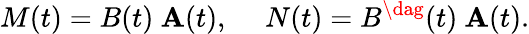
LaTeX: M(t)=B(t)~\mathbf{A}(t),~~~~~N(t)=B^{\dag}(t)~\mathbf{A}(t).